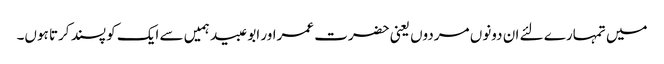
میں تمہارے لئے ان دونوں مردوں یعنی حضرت عمراور ابو عبید ہمیں سے ایک کو پسند کرتا ہوں۔